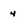
Character: 4